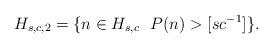
LaTeX: \begin{align*}H_{s,c,2}=\{ n \in H_{s,c} \ \ P(n) > [sc^{-1}]\}.\end{align*}